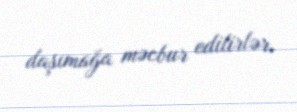
daşımağa məcbur edilirlər.